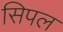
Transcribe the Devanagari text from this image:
सिपल